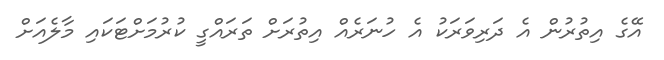
އޭގެ އިތުރުން އެ ދަރިވަރަކު އެ ހުނަރެއް އިތުރަށް ތަރައްގީ ކުރުމަށްޓަކައި މާލެއަށް